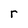
Character: r